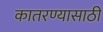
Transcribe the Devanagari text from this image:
कातरण्यासाठी